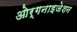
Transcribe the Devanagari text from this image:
ओर्गनाइजेशन